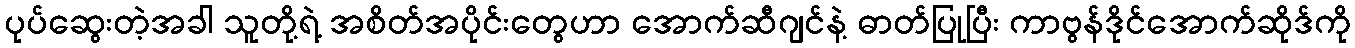
ပုပ်ဆွေးတဲ့အခါ သူတို့ရဲ့ အစိတ်အပိုင်းတွေဟာ အောက်ဆီဂျင်နဲ့ ဓာတ်ပြုပြီး ကာဗွန်ဒိုင်အောက်ဆိုဒ်ကို